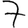
Digit: 7